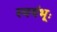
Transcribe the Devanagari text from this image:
स्वयंभूः